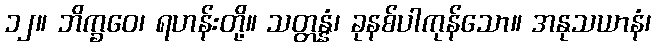
၁၂။ ဘိက္ခဝေ၊ ရဟန်းတို့။ သတ္တန္နံ၊ ခုနစ်ပါကုန်သော။ အနုသယာနံ၊